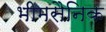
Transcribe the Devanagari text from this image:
भीमसैनिक